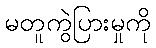
မတူကွဲပြားမှုကို